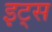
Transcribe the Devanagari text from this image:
इट्‍स